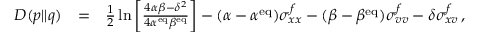
\begin{array} { r l r } { D ( p | | q ) } & { = } & { \frac { 1 } { 2 } \ln \left[ \frac { 4 \alpha \beta - \delta ^ { 2 } } { 4 \alpha ^ { \mathrm { e q } } \beta ^ { \mathrm { e q } } } \right] - ( \alpha - \alpha ^ { \mathrm { e q } } ) \sigma _ { x x } ^ { f } - ( \beta - \beta ^ { \mathrm { e q } } ) \sigma _ { v v } ^ { f } - \delta \sigma _ { x v } ^ { f } \, , } \end{array}